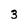
Character: 3